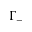
\Gamma _ { - }